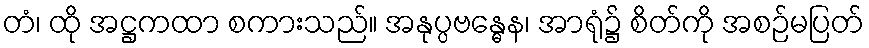
တံ၊ ထို အဋ္ဌကထာ စကားသည်။ အနုပ္ပဗန္ဓေန၊ အာရုံ၌ စိတ်ကို အစဉ်မပြတ်